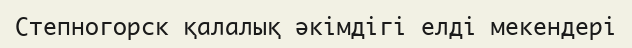
Степногорск қалалық әкімдігі елді мекендері